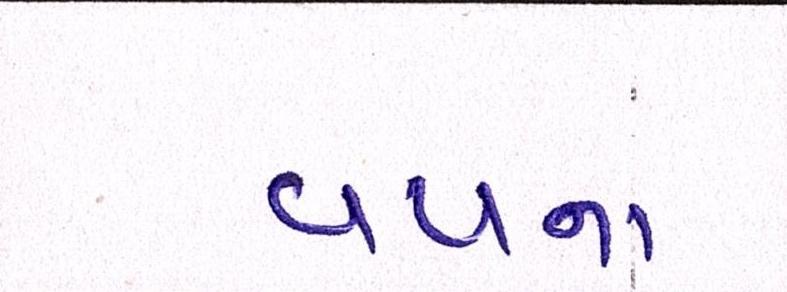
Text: વયના